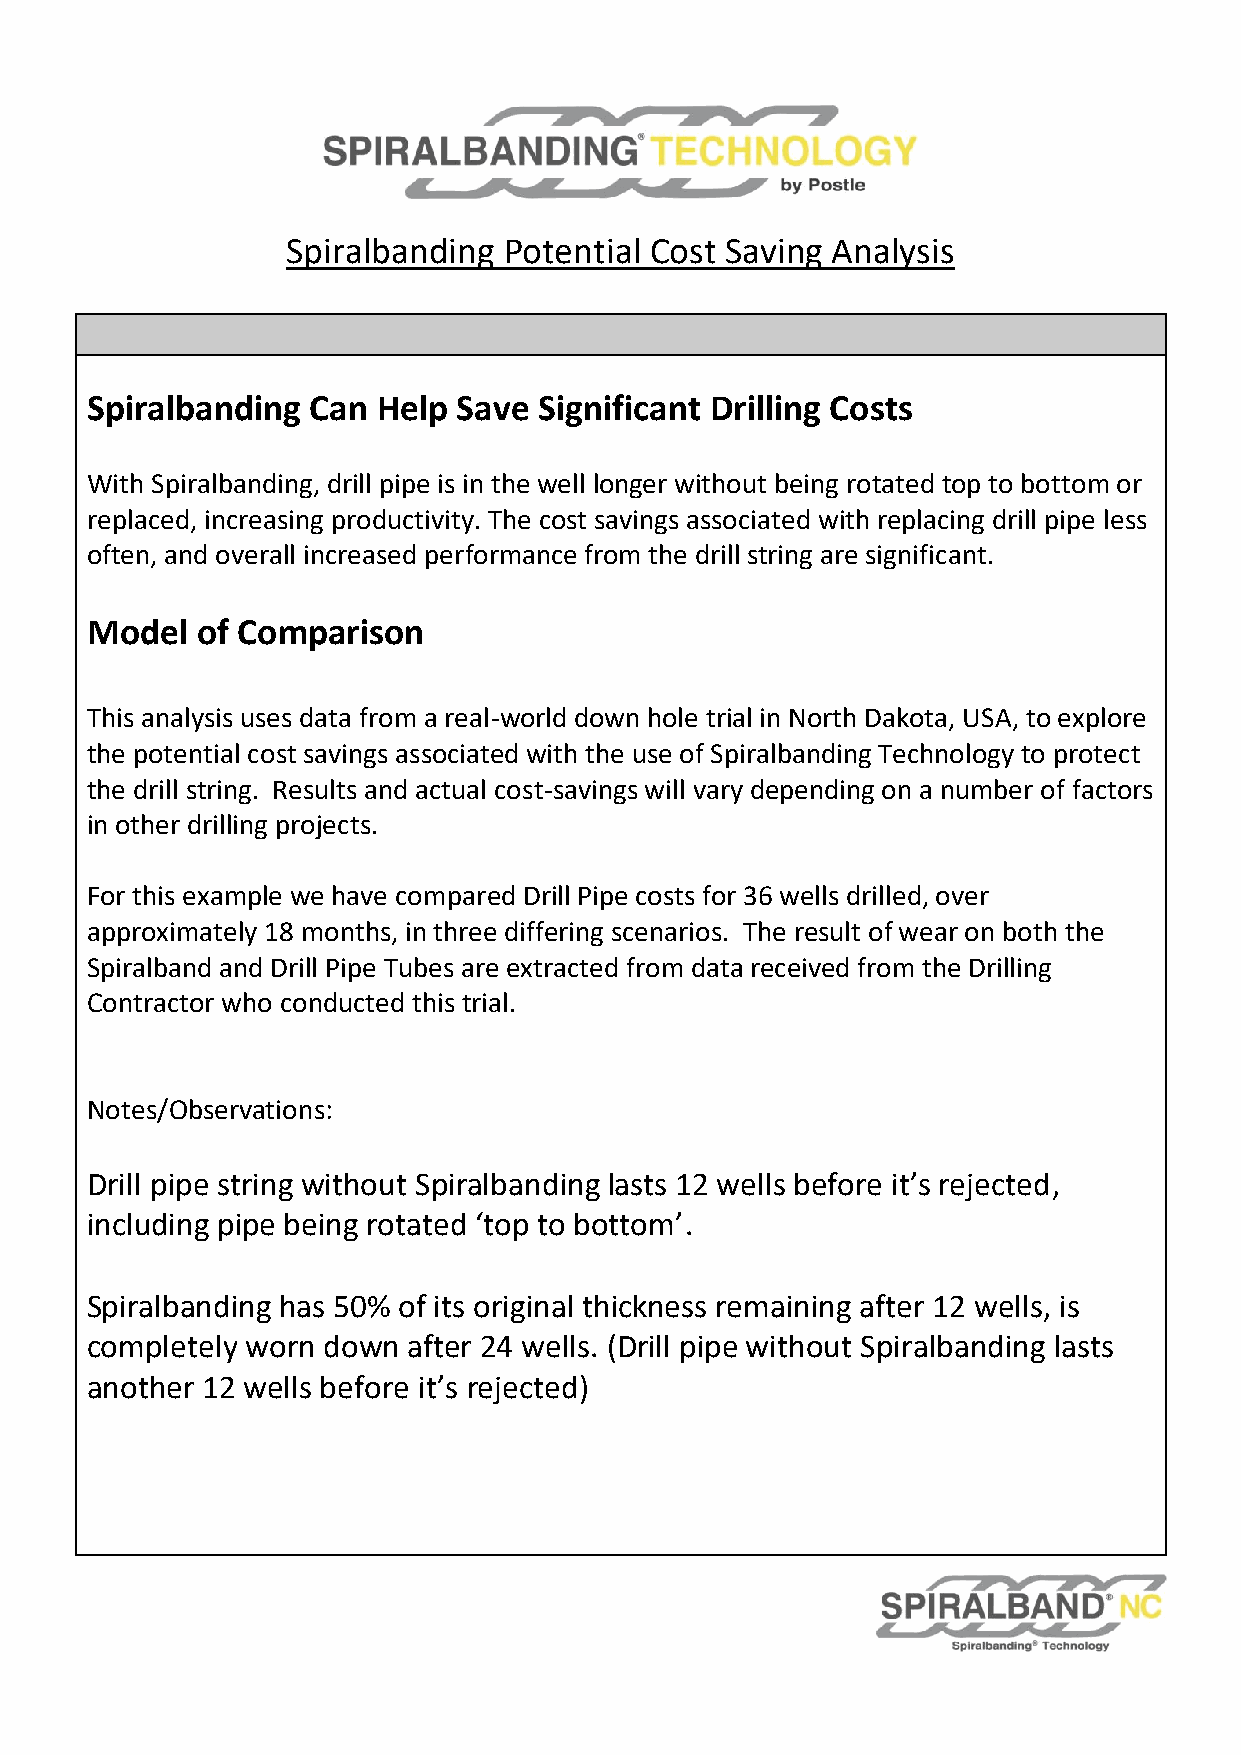
Spiralbanding Potential Cost Saving Analysis
 Spiralbanding  Can Help Save  Significant Drilling Costs
 With Spiralbanding, drill pipe is in the well longer without being rotated top to bottom or
 replaced, increasing productivity. The cost savings associated with replacing drill pipe less
 often, and overall increased performance from the drill string are significant.
 Model  of Comparison
 This analysis uses data from a real-world down hole trial in North Dakota, USA, to explore
 the potential cost savings associated with the use of Spiralbanding Technology to protect
 the drill string. Results and actual cost-savings will vary depending on a number of factors
 in other drilling projects.
 For this example we have compared Drill Pipe costs for 36 wells drilled, over
 approximately 18 months, in three differing scenarios. The result of wear on both the
 Spiralband and Drill Pipe Tubes are extracted from data received from the Drilling
 Contractor who conducted this trial.
 Notes/Observations:
 Drill pipe string without Spiralbanding lasts 12 wells before it’s rejected,
 including pipe being rotated ‘top to bottom’.
 Spiralbanding has 50% of its original thickness remaining after 12 wells, is
 completely worn down after 24 wells. (Drill pipe without Spiralbanding lasts
 another 12 wells before it’s rejected)